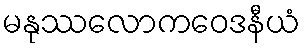
မနုဿလောကဝေဒနီယံ